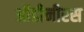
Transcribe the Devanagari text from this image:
ऑडीनीरस